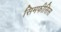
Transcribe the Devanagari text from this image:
सिमफीसिस